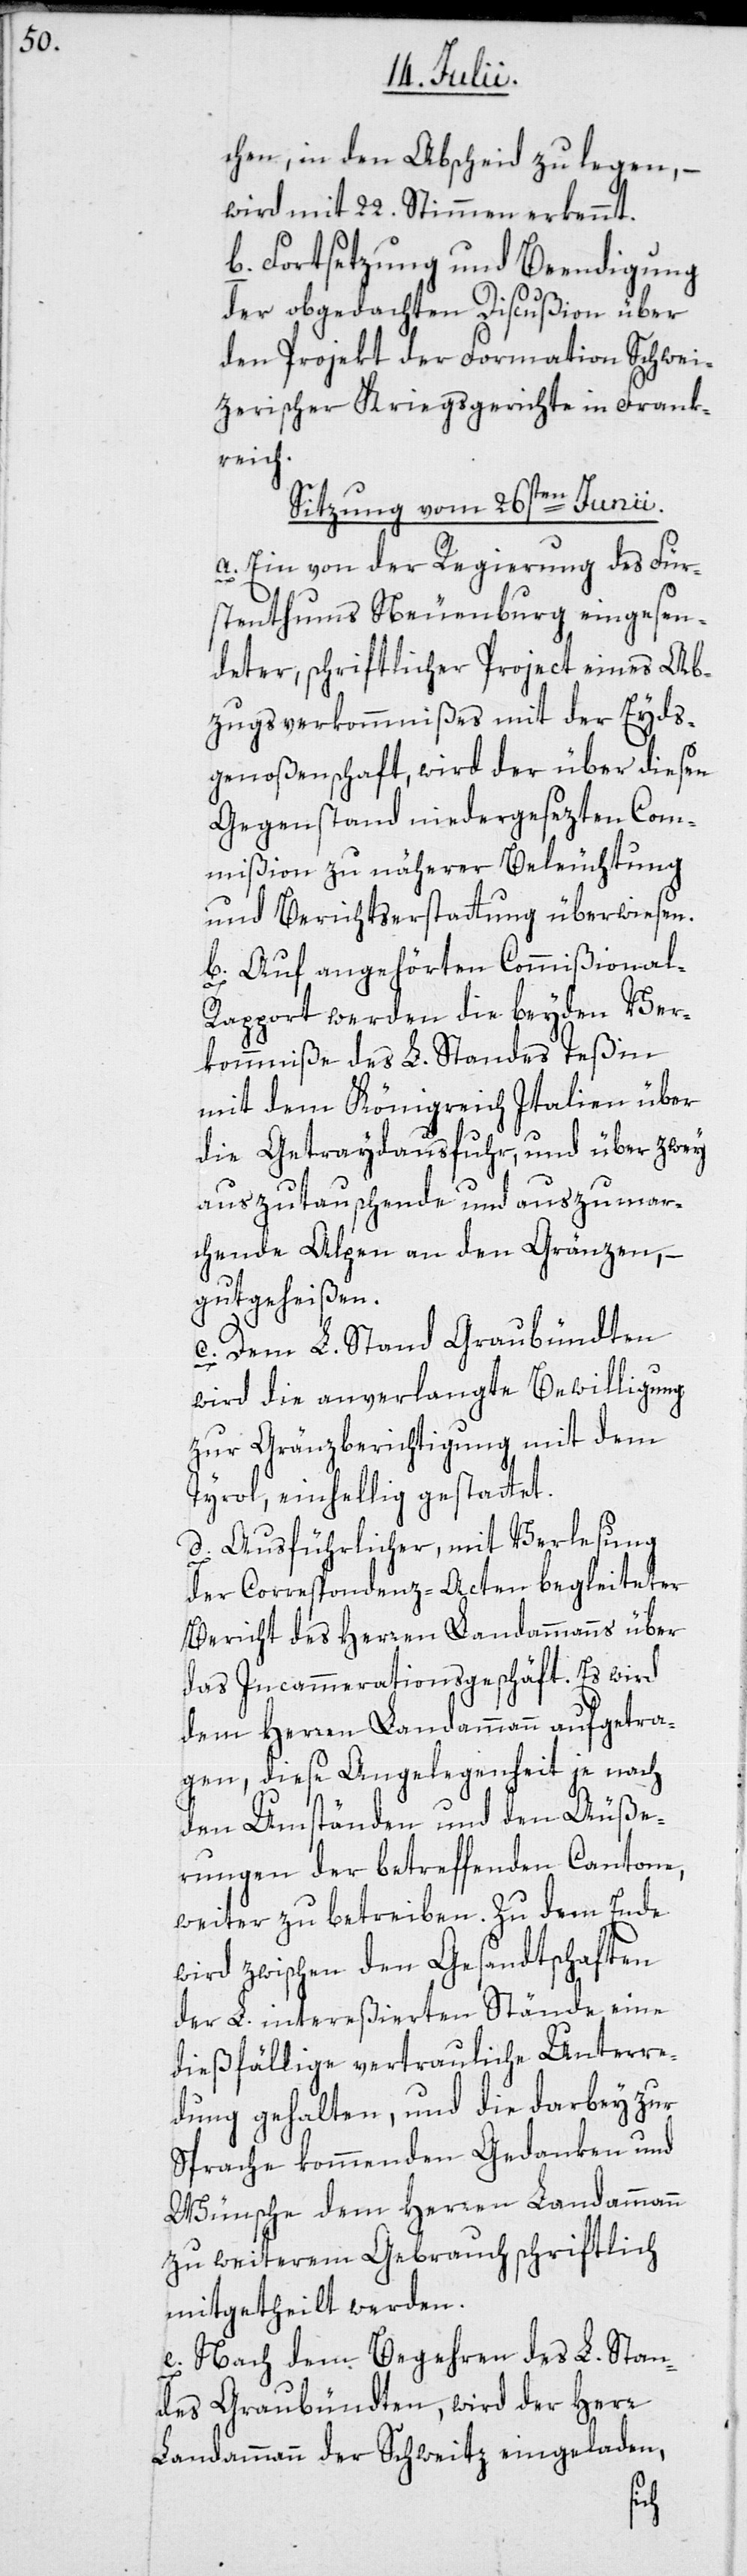
chen, in den Abscheid zu legen, –
wird mit 22. Stimmen erkennt.
b. Fortsetzung und Beendigung
der obgedachten Discußion über
den Projekt der Formation Schwei¬
zerischer Kriegsgerichte in Frank¬
reich.
Sitzung vom 26sten Junii.
a. Ein von der Regierung des Für¬
stenthums Neuenburg eingesen¬
deter, schriftlicher Project eines Ab¬
zugsverkommnißes mit der Eyds¬
genoßenschaft, wird der über diesen
Gegenstand niedergesezten Com¬
mißion zu näherer Beleuchtung
und Berichtserstattung überwiesen.
b. Auf angehörten Commißional-R¬
apport werden die beyden Ver¬
kommniße des L. Standes Teßin
mit dem Königreich Italien über
die Getraydausfuhr, und über zwey
auszutauschende und auszumar¬
chende Alpen an den Gränzen,
–gutgeheißen.
c. Dem L. Stand Graubündten
wird die anverlangte Bewilligung
zur Gränzberichtigung mit dem
Tyrol, einhellig gestattet.
d. Ausführlicher, mit Verlesung
der Correspondenz-Acten begleiteter
Bericht des Herren Landammanns über
das Incammerationsgeschäft. Es wird
dem Herren Landammann aufgetra¬
gen, diese Angelegenheit je nach
den Umständen und den Äuße¬
rungen der betreffenden Cantone,
weiter zu betreiben. Zu dem Ende
wird zwischen den Gesandtschaften
der L. intereßierten Stände eine
dießfällige vertrauliche Unterre¬
dung gehalten, und die darbey zur
Sprache kommenden Gedanken und
Wünsche dem Herren Landammann
zu weiterem Gebrauch schriftlich
mitgetheilt werden.
e. Nach dem Begehren des L. Stan¬
des Graubündten, wird der Herr
Landammann der Schweitz eingeladen,